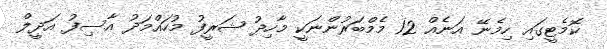
ކޮމެޓީގައި ހިމެނޭ އަނެއް 12 މެމްބަރުންނަކީ މާހިދު ޝަރީފު މުހައްމަދު އާސިފު އަދީލް